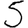
Digit: 5